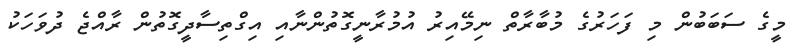
މީގެ ސަބަބުން މި ފަހަރުގެ މުބާރާތް ނިމޭއިރު އުމުރާނީގޮތުންނާއި އިގްތިސާދީގޮތުން ރާއްޖެ ދުވަހަކު